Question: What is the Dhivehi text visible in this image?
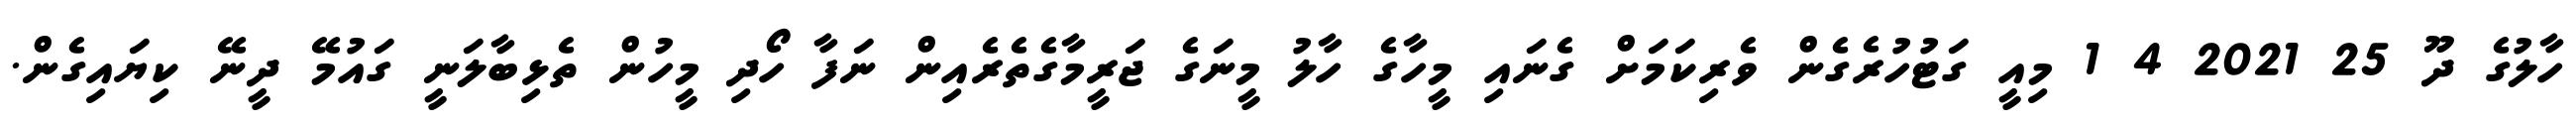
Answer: ހާލުގެ ދޫ 25 2021 4 1 މިއީ ގަޓުހުރެގެން ވެރިކަމަށް ގެނައި މީހާގެ ހާލު މީނަގެ ޖަރީމާގެތެރެއިން ނަފާ ހޯދި މީހުން ތެޅިބާލަނީ ގައުމޭ ދީނޭ ކިޔައިގެން.